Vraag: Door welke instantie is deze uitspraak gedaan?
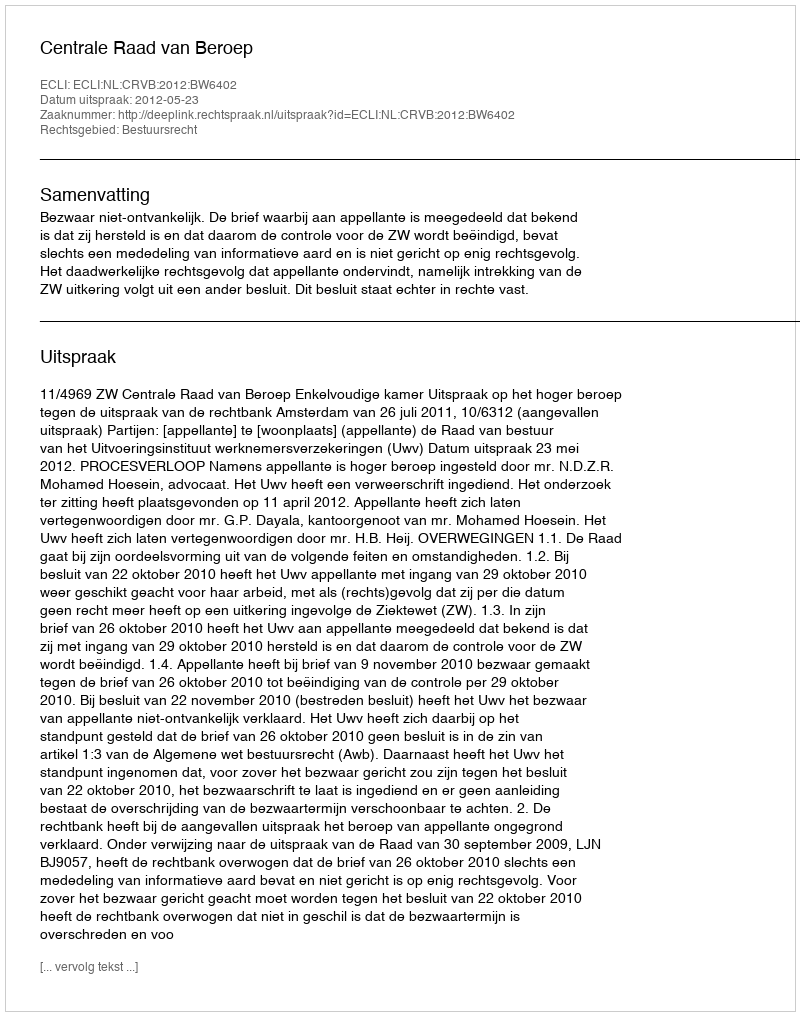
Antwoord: Centrale Raad van Beroep